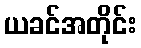
ယခင်အတိုင်း